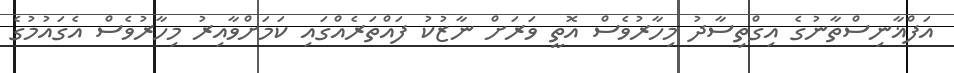
އަފްޣާނިސްތާނުގެ އިގްތިސާދު މިހާރުވެސް އޮތީ ވަރަށް ނާޒުކު ފައްތަރެއްގައި ކަމަށްވާއިރު މިހާރުވެސް އެގައުމުގެ